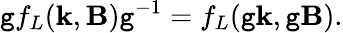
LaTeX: \mathtt{g}f_{L}(\textbf{{k}},\textbf{{B}})\mathtt{g}^{-1}=f_{L}(\mathtt{g}\textbf{{k}},\mathtt{g}\textbf{{B}}).